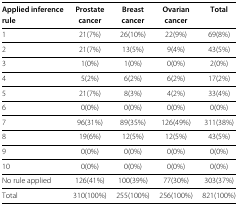
<table><thead><tr><td><b>Applied inference rule</b></td><td><b>Prostate cancer</b></td><td><b>Breast cancer</b></td><td><b>Ovarian cancer</b></td><td><b>Total</b></td></tr></thead><tbody><tr><td>1</td><td>21(7%)</td><td>26(10%)</td><td>22(9%)</td><td>69(8%)</td></tr><tr><td>2</td><td>21(7%)</td><td>13(5%)</td><td>9(4%)</td><td>43(5%)</td></tr><tr><td>3</td><td>1(0%)</td><td>1(0%)</td><td>0(0%)</td><td>2(0%)</td></tr><tr><td>4</td><td>5(2%)</td><td>6(2%)</td><td>6(2%)</td><td>17(2%)</td></tr><tr><td>5</td><td>21(7%)</td><td>8(3%)</td><td>4(2%)</td><td>33(4%)</td></tr><tr><td>6</td><td>0(0%)</td><td>0(0%)</td><td>0(0%)</td><td>0(0%)</td></tr><tr><td>7</td><td>96(31%)</td><td>89(35%)</td><td>126(49%)</td><td>311(38%)</td></tr><tr><td>8</td><td>19(6%)</td><td>12(5%)</td><td>12(5%)</td><td>43(5%)</td></tr><tr><td>9</td><td>0(0%)</td><td>0(0%)</td><td>0(0%)</td><td>0(0%)</td></tr><tr><td>10</td><td>0(0%)</td><td>0(0%)</td><td>0(0%)</td><td>0(0%)</td></tr><tr><td>No rule applied</td><td>126(41%)</td><td>100(39%)</td><td>77(30%)</td><td>303(37%)</td></tr><tr><td>Total</td><td>310(100%)</td><td>255(100%)</td><td>256(100%)</td><td>821(100%)</td></tr></tbody></table>